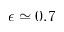
\epsilon \simeq 0 . 7